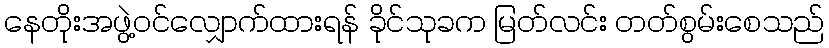
နေတိုးအဖွဲ့ဝင်လျှောက်ထားရန် ခိုင်သုခက မြတ်လင်း တတ်စွမ်းစေသည်